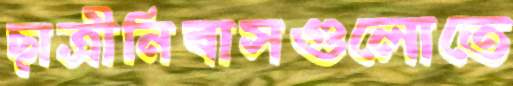
ছাত্রীনিবাসগুলোতে